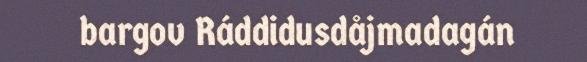
bargov Ráddidusdåjmadagán